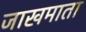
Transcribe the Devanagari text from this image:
जाखमाता